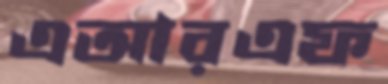
এআরএফ